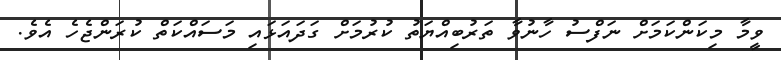
ވީމާ މިކަންކަމަށް ނަފްސު ހާނުވާ ތަރުބިއްޔަތު ކުރުމަށް ގަދައަޅައި މަސައްކަތް ކުރަންޖެހެ އެވެ.